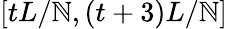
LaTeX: [tL/\mathbb{N},(t+3)L/\mathbb{N}]